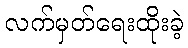
လက်မှတ်ရေးထိုးခဲ့